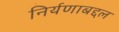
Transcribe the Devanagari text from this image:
निर्यणाबद्दल